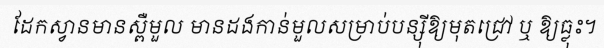
ដែកស្វានមានស្ពឺមួល មានដងកាន់មួលសម្រាប់បន្ស៉ីឱ្យមុតជ្រៅ ឬ ឱ្យធ្លុះ។